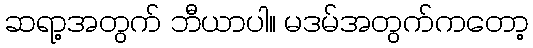
ဆရာ့အတွက် ဘီယာပါ။ မဒမ်အတွက်ကတော့